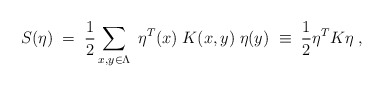
\begin{align*}S(\eta) \; = \; \frac{1}{2} \sum_{x,y \in \Lambda}\; \eta^T(x) \; K(x,y) \; \eta(y) \; \equiv \; \frac{1}{2} \eta^T K \eta \; ,\end{align*}